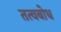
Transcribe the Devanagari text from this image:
तत्वबोध